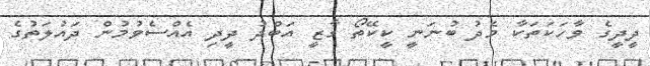
ދީދީގެ ވާހަކަތަކާ މެދު ބުނަނީ ކީކޭތޯ ގާޒީ އަބްދު ދީދި އެއްސެވުމުން ދައުލަތުގެ